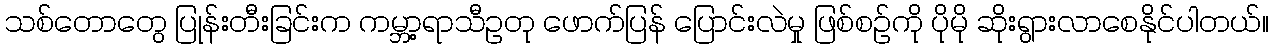
သစ်တောတွေ ပြုန်းတီးခြင်းက ကမ္ဘာ့ရာသီဥတု ဖောက်ပြန် ပြောင်းလဲမှု ဖြစ်စဉ်ကို ပိုမို ဆိုးရွားလာစေနိုင်ပါတယ်။